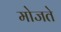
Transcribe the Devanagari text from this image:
मोजते